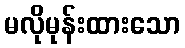
မလိုမုန်းထားသော